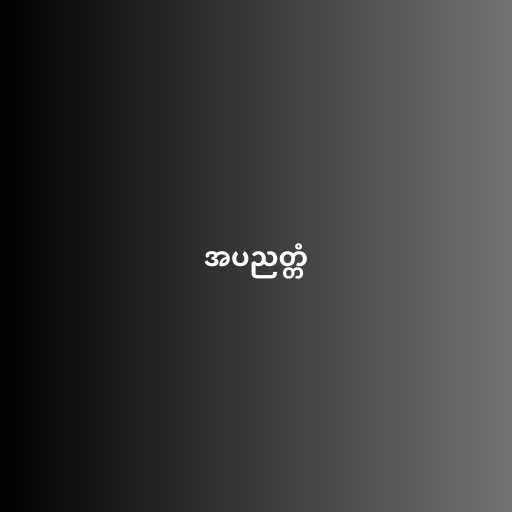
အပညတ္တံ